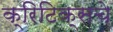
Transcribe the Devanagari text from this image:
क्रिटिक्सचे